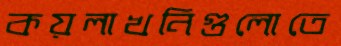
কয়লাখনিগুলোতে